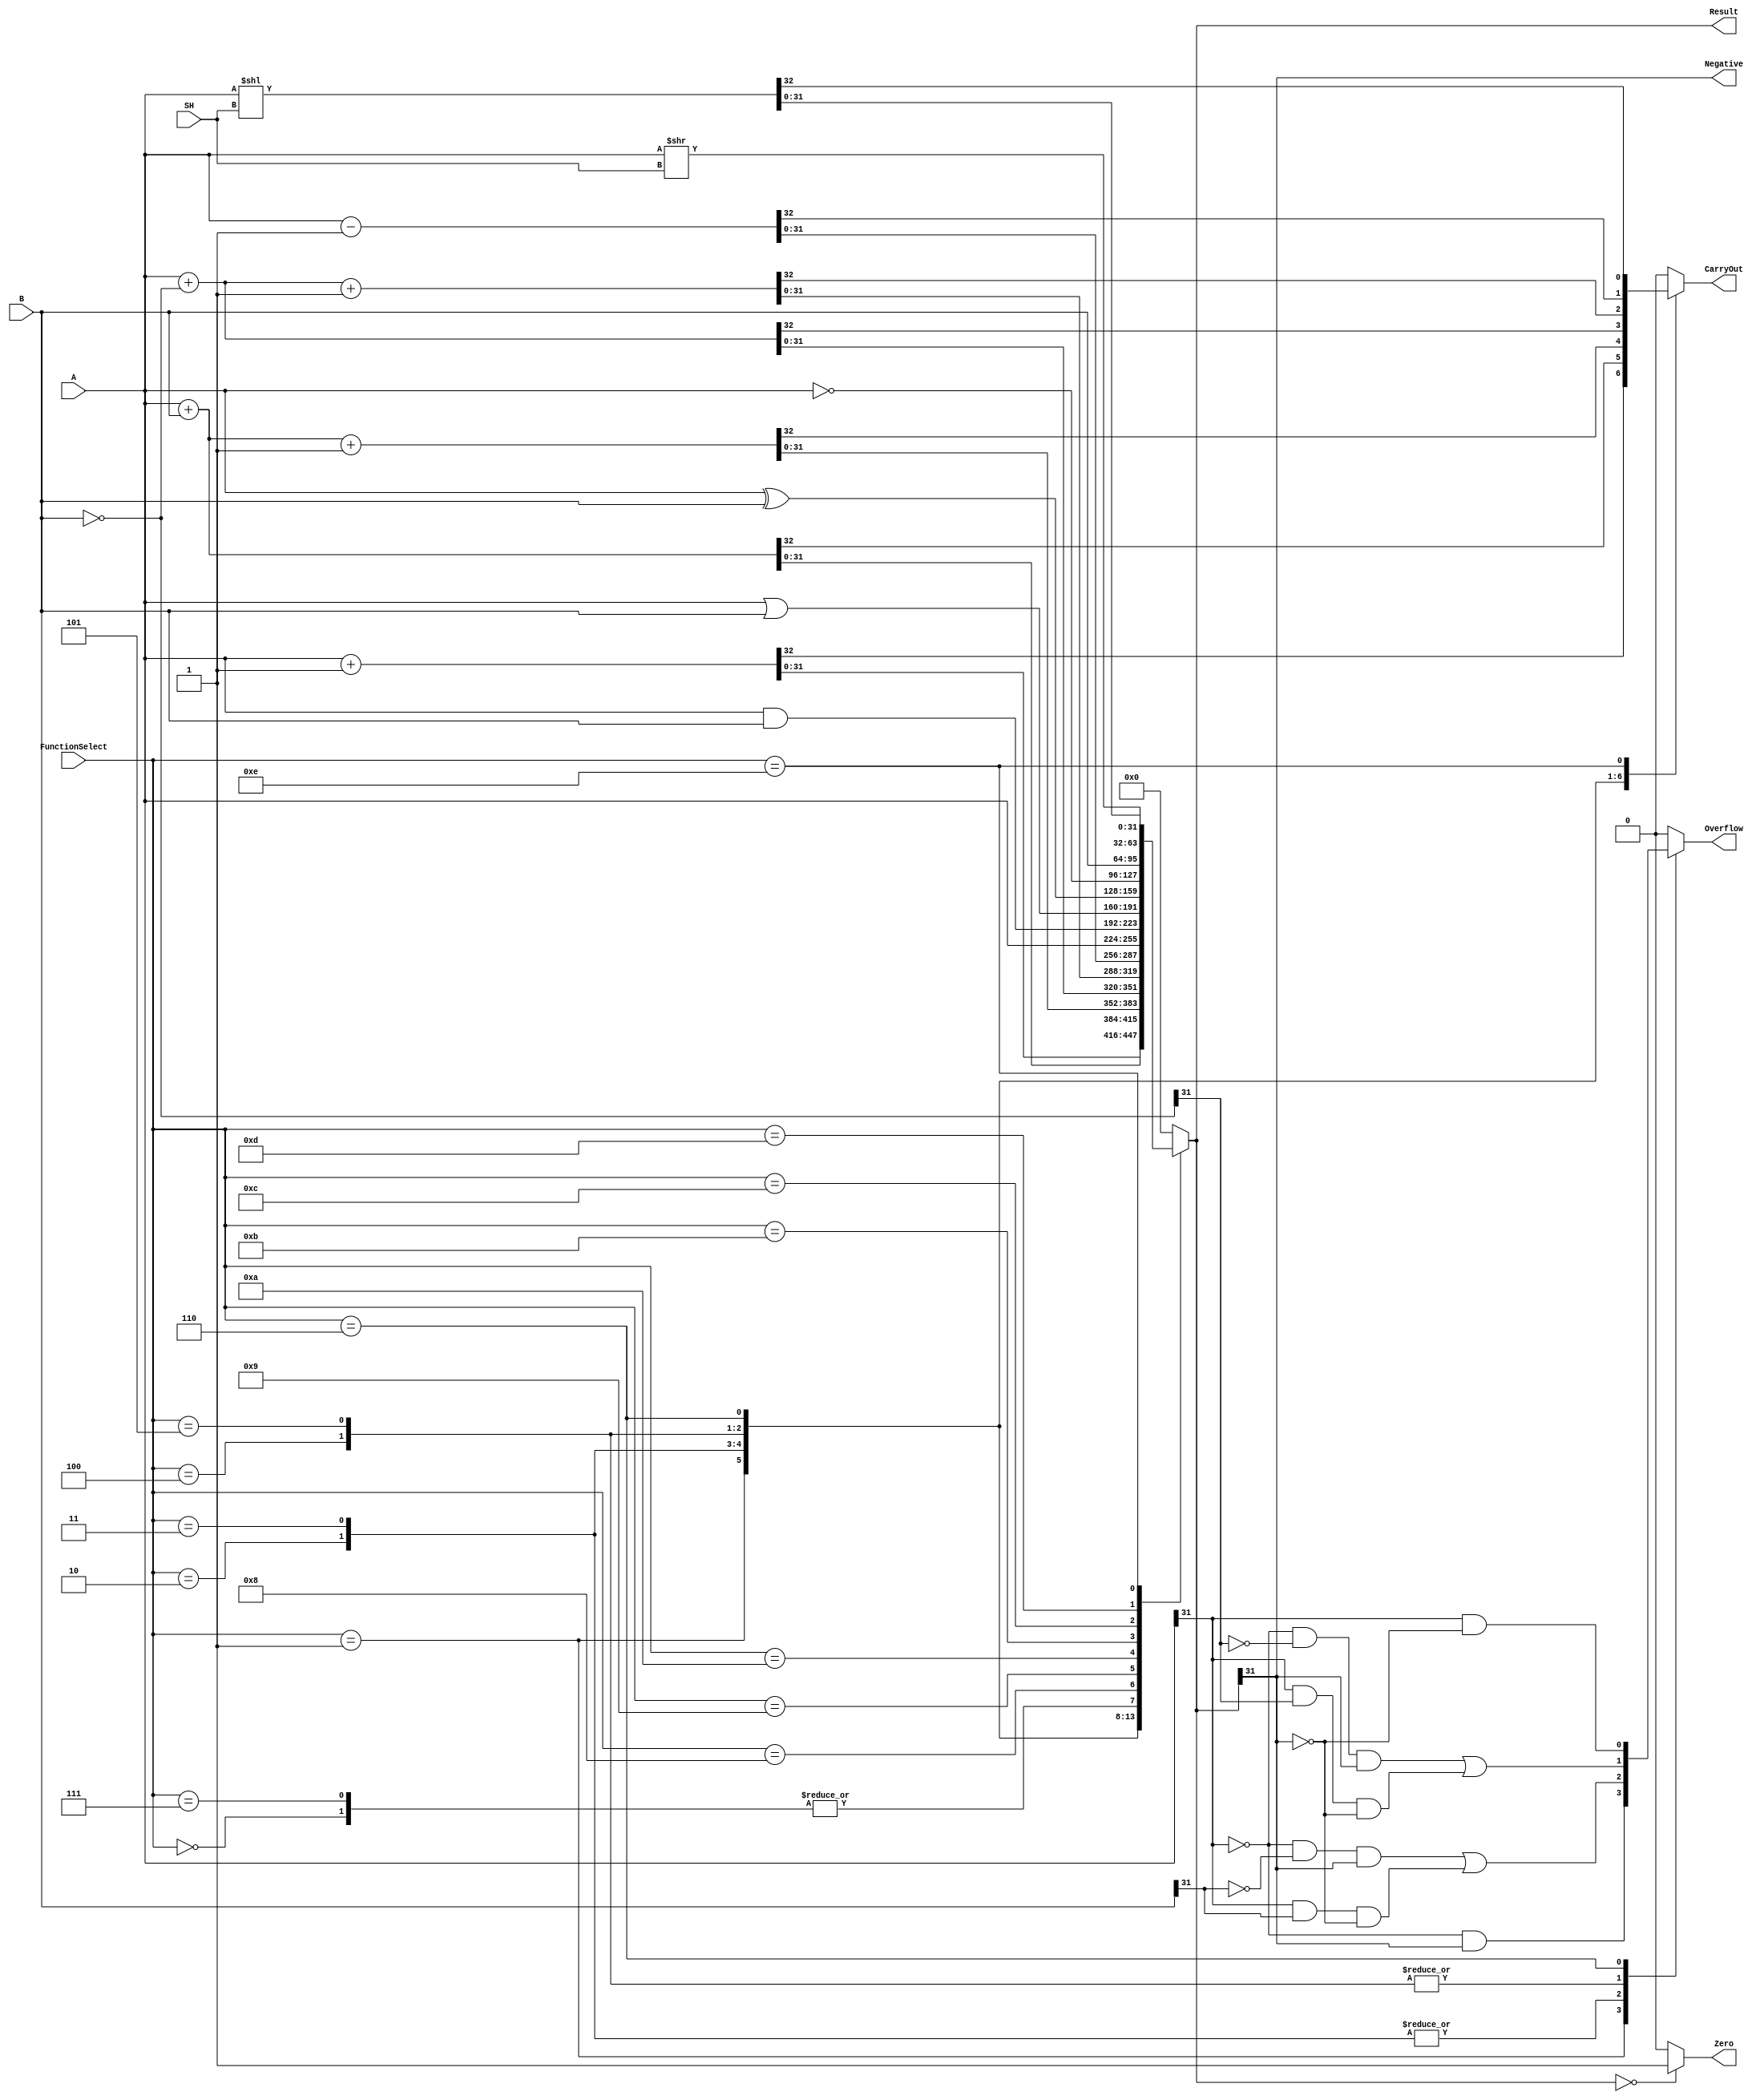
module function_unit #(
  parameter DATA_WIDTH = 32,
  parameter SHIFTER_WIDTH = 5
) (
  input [DATA_WIDTH - 1 : 0] A,
  input [DATA_WIDTH - 1 : 0] B,
  output reg [DATA_WIDTH - 1 : 0] Result,
  input [3:0]  FunctionSelect,
  input [SHIFTER_WIDTH - 1 : 0] SH,
  output reg Overflow,
  output reg CarryOut,
  output Negative,
  output reg Zero
);
    
  parameter UNDEFINE = 32'b00000000_00000000_00000000_00000000;   

  wire [DATA_WIDTH - 1 : 0] inverseA, inverseB;

  assign inverseA = ~A;
  assign inverseB = ~B;

  always@(*) begin
      case(FunctionSelect)
          4'b0001: begin
            Overflow <= overflow(A, 32'b00000000_00000000_00000000_00000001, Result);
          end
          4'b0010: begin
            Overflow <= overflow(A, B, Result);
          end
          4'b0011: begin
            Overflow <= overflow(A, B, Result);
          end
          4'b0100: begin
            Overflow <= overflow(A, inverseB, Result);
          end
          4'b0101: begin
            Overflow <= overflow(A, inverseB, Result);
          end
          4'b0110: begin
            Overflow <= overflow(A, 32'b11111111_11111111_11111111_11111111, Result);
          end
          default: begin
            Overflow <= 32'b0;
          end
      endcase 
  end

  always@(*) begin
    case(FunctionSelect)
      4'b0000: begin
        Result = A;
        CarryOut = 1'b0;
      end 
      4'b0001: begin
        {CarryOut, Result} = A + 32'd1;
      end
      4'b0010: begin
        {CarryOut, Result} = A + B;
      end
      4'b0011: begin
        {CarryOut, Result} = A + B + 32'd1;
      end
      4'b0100: begin
        {CarryOut, Result} = A + inverseB;
      end
      4'b0101: begin
        {CarryOut, Result} = A + inverseB + 32'd1;
      end
      4'b0110: begin
        {CarryOut, Result} = A - 32'd1;
      end
      4'b0111: begin
        Result = A;
        CarryOut = 32'b0;
      end
      4'b1000: begin
        Result = A & B;
        CarryOut = 32'b0;
      end
      4'b1001: begin
        Result = A | B;
        CarryOut = 32'b0;
      end
      4'b1010: begin
        Result = A ^ B;
        CarryOut = 32'b0;
      end
      4'b1011: begin
        Result = inverseA;
        CarryOut = 32'b0;
      end
      4'b1100: begin
        Result = B;
        CarryOut = 32'b0;
      end
      4'b1101: begin
        Result = A >> SH;
        CarryOut = 32'b0;
      end
      4'b1110: begin
        {CarryOut, Result} = A << SH;
      end
      default: begin
        Result = UNDEFINE;
        CarryOut = 32'b0;
      end
    endcase
    if ( Result == 32'b0 ) begin
      Zero = 1'b1;
    end else begin
      Zero = 1'b0;
    end
  end

  assign Negative = Result[DATA_WIDTH - 1];
  // assign Zero = (Result == 32'b00000000_00000000_00000000_00000000) ? 1'b1 : 1'b0;

  function overflow; 
    input [DATA_WIDTH - 1 : 0] a, b, result;
    begin
      overflow = ( (a[DATA_WIDTH - 1] == 1'b0) && (b[DATA_WIDTH - 1] == 1'b0) && (result[DATA_WIDTH - 1] == 1'b1) ) |
                 ( (a[DATA_WIDTH - 1] == 1'b1) && (b[DATA_WIDTH - 1] == 1'b1) && (result[DATA_WIDTH - 1] == 1'b0) );
    end
  endfunction

endmodule